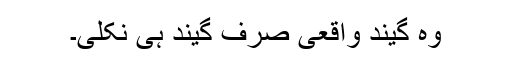
وہ گیند واقعی صرف گیند ہی نکلی۔